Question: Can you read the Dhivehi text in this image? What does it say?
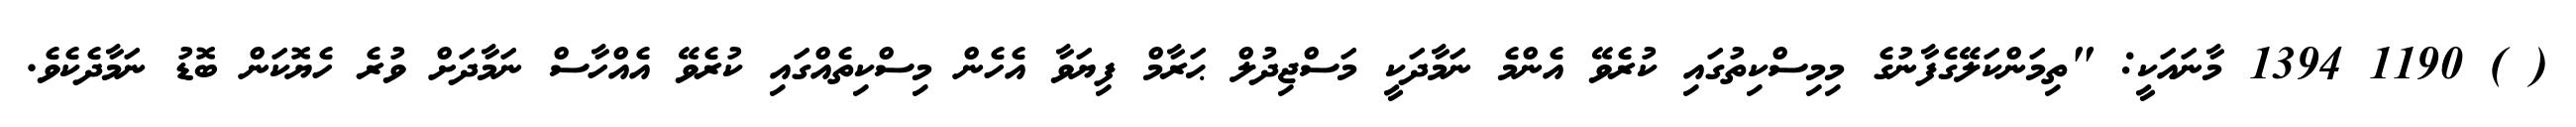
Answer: ( ) 1190 1394 މާނައަކީ: "ތިމަންކަލޭގެފާނުގެ މިމިސްކިތުގައި ކުރެވޭ އެންމެ ނަމާދަކީ މަސްޖިދުލް ޙަރާމް ފިޔަވާ އެހެން މިސްކިތެއްގައި ކުރެވޭ އެއްހާސް ނަމާދަށް ވުރެ ހެޔޮކަން ބޮޑު ނަމާދެކެވެ.